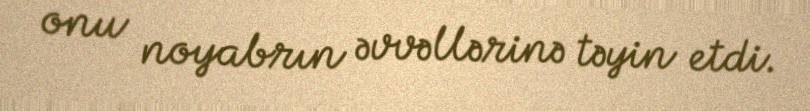
onu noyabrın əvvəllərinə təyin etdi.